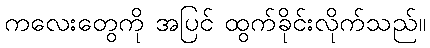
ကလေးတွေကို အပြင် ထွက်ခိုင်းလိုက်သည်။